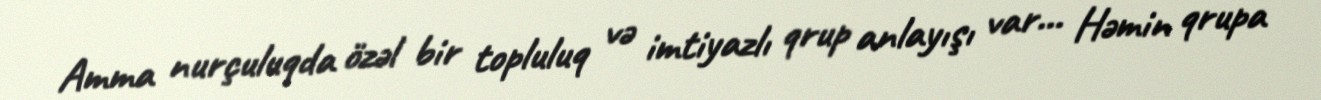
Amma nurçuluqda özəl bir topluluq və imtiyazlı qrup anlayışı var... Həmin qrupa